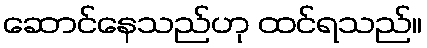
ဆောင်နေသည်ဟု ထင်ရသည်။